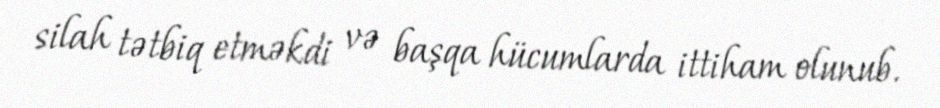
silah tətbiq etməkdi və başqa hücumlarda ittiham olunub.